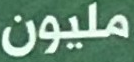
مليون